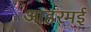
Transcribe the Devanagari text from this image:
आहरमई